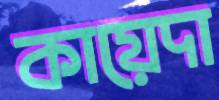
কায়েদা